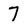
Character: 7